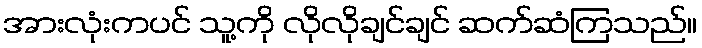
အားလုံးကပင် သူ့ကို လိုလိုချင်ချင် ဆက်ဆံကြသည်။